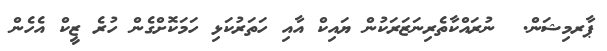
ޕާރމިޝަން.  ނުރައްކާތެރިނަޒަރަކުން ޔައިކް އާއި ހަތަރުކަޅި ހަމަކޮށްގެން ހުރެ ޒީކް އެހެން